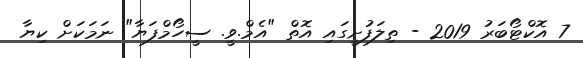
7 އޮކްޓޯބަރު 2019 - ތިލަފުށީގައި އޮތް "އެމް.ވީ. ސީހޯމްފަޔާ" ނަމަކަށް ކިޔާ